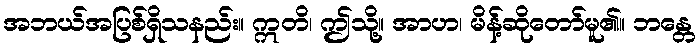
အဘယ်အပြစ်ရှိသနည်း။ ဣတိ၊ ဤသို့။ အာဟ၊ မိန့်ဆိုတော်မူ၏။ ဘန္တေ